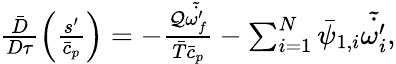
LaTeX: \begin{array}{r}{\frac{\bar{D}}{D\tau}\left(\frac{s^{\prime}}{\bar{c}_{p}}\right)=-\frac{\mathcal{Q}\tilde{\dot{\omega_{f}^{\prime}}}}{\bar{T}\bar{c}_{p}}-\sum_{i=1}^{N}\bar{\psi}_{1,i}\tilde{\dot{\omega_{i}^{\prime}}},}\end{array}